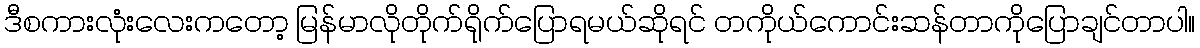
ဒီစကားလုံးလေးကတော့ မြန်မာလိုတိုက်ရိုက်ပြောရမယ်ဆိုရင် တကိုယ်ကောင်းဆန်တာကိုပြောချင်တာပါ။